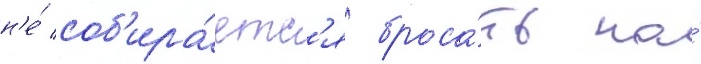
н'е́ соб'ира́етс'я броса́ть на́